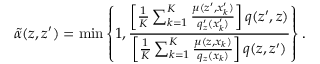
\tilde { \alpha } ( z , z ^ { \prime } ) = \operatorname* { m i n } \left\{ 1 , \frac { \left[ \frac { 1 } { K } \sum _ { k = 1 } ^ { K } \frac { \mu ( z ^ { \prime } , x _ { k } ^ { \prime } ) } { q _ { z } ^ { \prime } ( x _ { k } ^ { \prime } ) } \right] q ( z ^ { \prime } , z ) } { \left[ \frac { 1 } { K } \sum _ { k = 1 } ^ { K } \frac { \mu ( z , x _ { k } ) } { q _ { z } ( x _ { k } ) } \right] q ( z , z ^ { \prime } ) } \right\} .